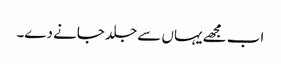
اب مجھے یہاں سے جلد جانے دے۔